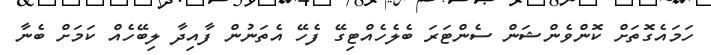
ހަމައެގޮތަށް ކޮންވެންޝަން ސެންޓަރަ ބެލެހެއްޓިގޭ ފެހޭ އެތަނުން ފާއިދާ ލިބޭހެއް ކަމަށް ބެނާ